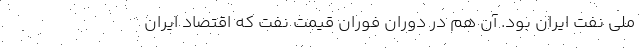
ملی نفت ایران بود. آن هم در دورانِ فوَرانِ قیمت نفت که اقتصاد ایران